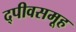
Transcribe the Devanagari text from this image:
द्पीवसमूह